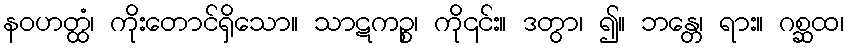
နဝဟတ္ထံ၊ ကိုးတောင်ရှိသော။ သာဋကဉ္စ၊ ကို၎င်း။ ဒတွာ၊ ၍။ ဘန္တေ၊ ရား။ ဂစ္ဆထ၊